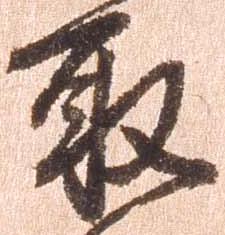
取